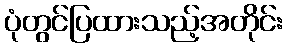
ပုံတွင်ပြထားသည့်အတိုင်း